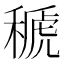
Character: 𥠱